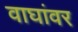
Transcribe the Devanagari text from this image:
वाघांवर